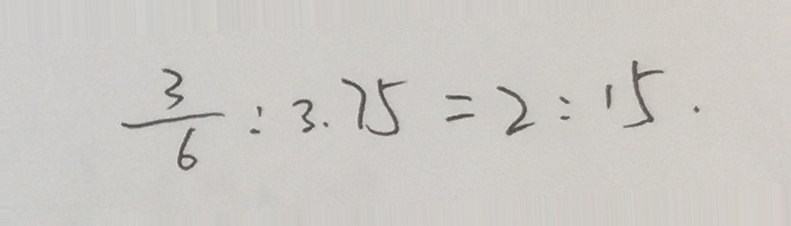
\frac { 3 } { 6 } : 3 . 7 5 = 2 : 1 5 .